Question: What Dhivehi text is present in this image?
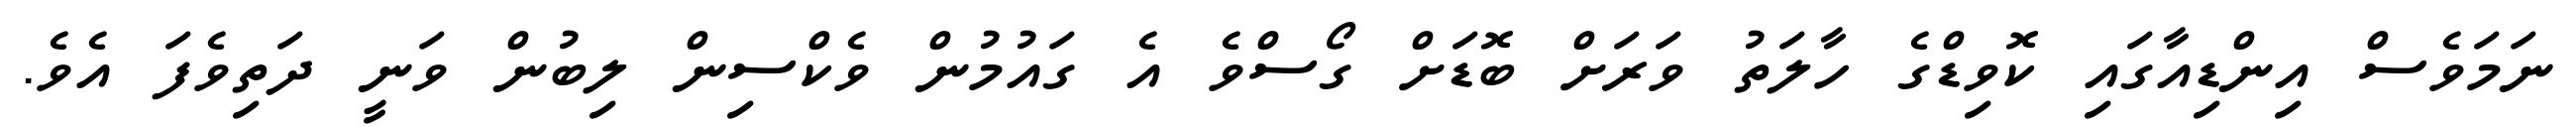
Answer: ނަމަވެސް އިންޑިއާގައި ކޮވިޑްގެ ހާލަތު ވަރަށް ބޮޑަށް ގޯސްވެ އެ ގައުމުން ވެކްސިން ލިބުން ވަނީ ދަތިވެފަ އެވެ.